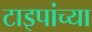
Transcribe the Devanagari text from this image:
टाइपांच्या